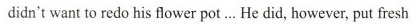
didn't want to redo his flower pot ... He did, however, put fresh